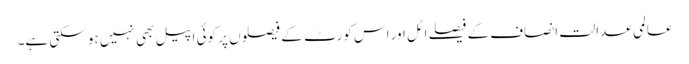
عالمی عدالت انصاف کے فیصلے اٹل اور اس کورٹ کے فیصلوں پر کوئی اپیل بھی نہیں ہو سکتی ہے۔